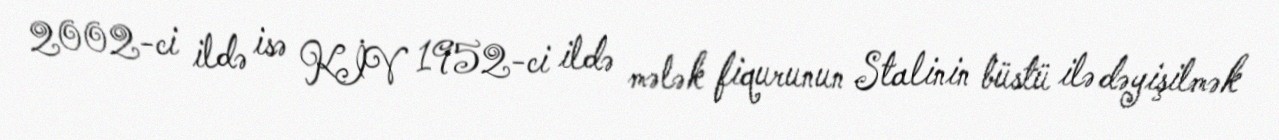
2002-ci ildə isə KİV 1952-ci ildə mələk fiqurunun Stalinin büstü ilə dəyişilmək